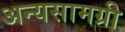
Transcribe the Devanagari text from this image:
अन्यसामग्री